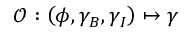
\mathcal { O } : \left( \phi , \gamma _ { B } , \gamma _ { I } \right) \mapsto \gamma